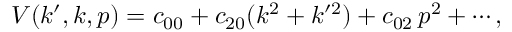
V ( k ^ { \prime } , k , p ) = c _ { 0 0 } + c _ { 2 0 } ( k ^ { 2 } + k ^ { \prime 2 } ) + c _ { 0 2 } \, p ^ { 2 } + \cdots ,